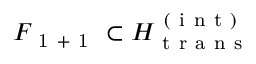
F _ { \mathrm { ~ 1 ~ + ~ 1 ~ } } \subset H _ { \mathrm { ~ t ~ r ~ a ~ n ~ s ~ } } ^ { \mathrm { ~ ( ~ i ~ n ~ t ~ ) ~ } }